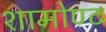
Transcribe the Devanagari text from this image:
शामोण्ट